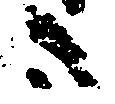
ハ